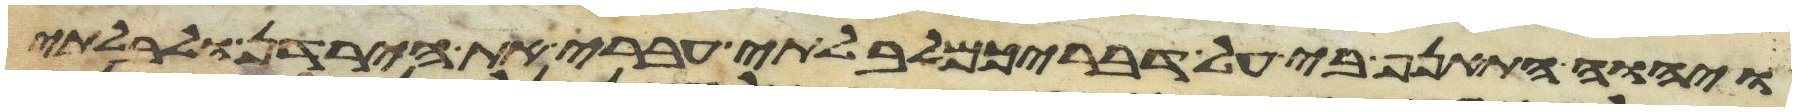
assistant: ויהוה התאנף בי על דבריכם לבלתי עברי את הירדן ולבלתי